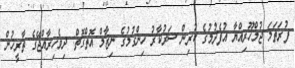
ފުރަތަމަ ޖުމްހޫރިއްޔާ އުފެދުމުގެ ކުރިން ސަރުކާރު ހިންގުމުގެ ނިޒާމް އޮތްގޮތް: ދިވެހިރާއްޖޭގެ ތާރީޚުން